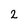
Character: 2